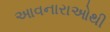
આવનારાઓથી